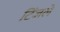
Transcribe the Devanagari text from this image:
टिंजले